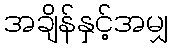
အချိန်နှင့်အမျှ